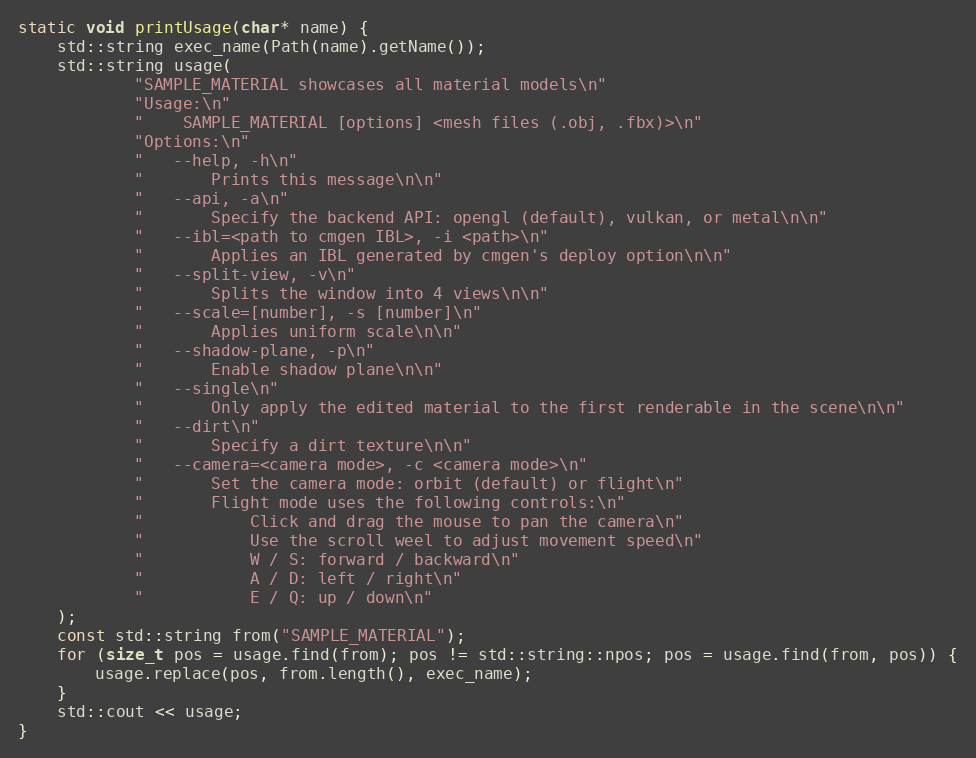
Language: C++
static void printUsage(char* name) {
    std::string exec_name(Path(name).getName());
    std::string usage(
            "SAMPLE_MATERIAL showcases all material models\n"
            "Usage:\n"
            "    SAMPLE_MATERIAL [options] <mesh files (.obj, .fbx)>\n"
            "Options:\n"
            "   --help, -h\n"
            "       Prints this message\n\n"
            "   --api, -a\n"
            "       Specify the backend API: opengl (default), vulkan, or metal\n\n"
            "   --ibl=<path to cmgen IBL>, -i <path>\n"
            "       Applies an IBL generated by cmgen's deploy option\n\n"
            "   --split-view, -v\n"
            "       Splits the window into 4 views\n\n"
            "   --scale=[number], -s [number]\n"
            "       Applies uniform scale\n\n"
            "   --shadow-plane, -p\n"
            "       Enable shadow plane\n\n"
            "   --single\n"
            "       Only apply the edited material to the first renderable in the scene\n\n"
            "   --dirt\n"
            "       Specify a dirt texture\n\n"
            "   --camera=<camera mode>, -c <camera mode>\n"
            "       Set the camera mode: orbit (default) or flight\n"
            "       Flight mode uses the following controls:\n"
            "           Click and drag the mouse to pan the camera\n"
            "           Use the scroll weel to adjust movement speed\n"
            "           W / S: forward / backward\n"
            "           A / D: left / right\n"
            "           E / Q: up / down\n"
    );
    const std::string from("SAMPLE_MATERIAL");
    for (size_t pos = usage.find(from); pos != std::string::npos; pos = usage.find(from, pos)) {
        usage.replace(pos, from.length(), exec_name);
    }
    std::cout << usage;
}